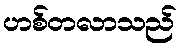
ဟစ်တလာသည်